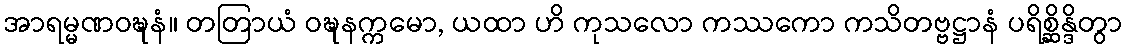
အာရမ္မဏဝဍ္ဎနံ။ တတြာယံ ဝဍ္ဎနက္ကမော, ယထာ ဟိ ကုသလော ကဿကော ကသိတဗ္ဗဋ္ဌာနံ ပရိစ္ဆိန္ဒိတွာ